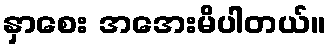
နှာစေး အအေးမိပါတယ်။